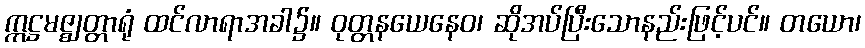
ဣဋ္ဌမဇ္ဈတ္တာရုံ ထင်လာရာအခါ၌။ ဝုတ္တနယေနေဝ၊ ဆိုအပ်ပြီးသောနည်းဖြင့်ပင်။ တယော၊